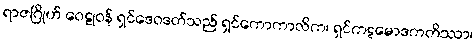
ရာဇဂြိုဟ် ဝေဠုဝန် ရှင်ဒေဝဒတ်သည် ရှင်ကောကာလိက၊ ရှင်ကဋမောဒကတိဿာ၊